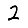
Digit: 2